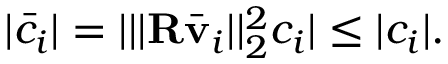
| \bar { c } _ { i } | = | | | \mathbf { R } \bar { \mathbf { v } } _ { i } | | _ { 2 } ^ { 2 } c _ { i } | \leq | c _ { i } | .